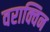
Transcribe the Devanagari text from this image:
वराक्विन